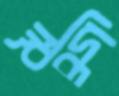
ঋদ্ধি